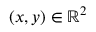
( x , y ) \in \mathbb { R } ^ { 2 }